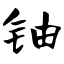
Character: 铀